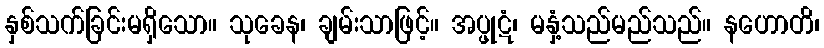
နှစ်သက်ခြင်းမရှိသော။ သုခေန၊ ချမ်းသာဖြင့်။ အပ္ဖုဋံ၊ မနှံ့သည်မည်သည်။ နဟောတိ၊